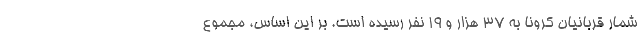
شمار قربانیان کرونا به ۳۷ هزار و ۱۹ نفر رسیده است. بر این اساس، مجموع